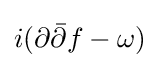
i(\partial {\bar {\partial }}f-\omega )